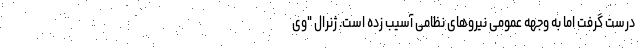
درست گرفت اما به وجهه عمومی نیروهای نظامی آسیب زده است. ژنرال "وی